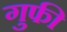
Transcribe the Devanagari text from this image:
गुफी